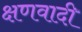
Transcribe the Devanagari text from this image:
क्षणवादी